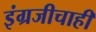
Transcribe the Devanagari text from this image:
इंग्रजीचाही